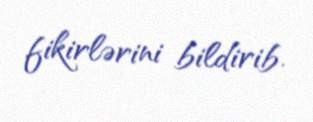
fikirlərini bildirib.